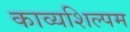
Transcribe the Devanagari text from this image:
काव्यशिल्पम